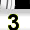
Digit: 3